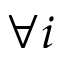
\forall i